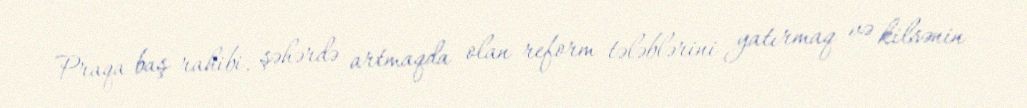
Praqa baş rahibi, şəhərdə artmaqda olan reform tələblərini yatırmaq və kilsənin